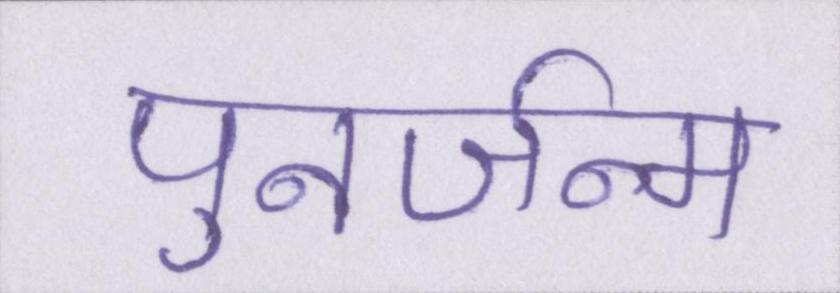
पुनर्जन्म